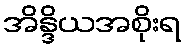
အိန္ဒိယအစိုးရ